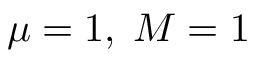
\mu = 1 , \; M = 1